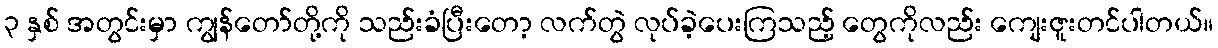
၃ နှစ် အတွင်းမှာ ကျွန်တော်တို့ကို သည်းခံပြီးတော့ လက်တွဲ လုပ်ခဲ့ပေးကြသည့် တွေကိုလည်း ကျေးဇူးတင်ပါတယ်။